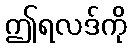
ဤရလဒ်ကို